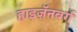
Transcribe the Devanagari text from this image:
हाइज़ॅनबर्ग